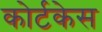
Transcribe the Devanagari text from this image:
कोर्टकेस